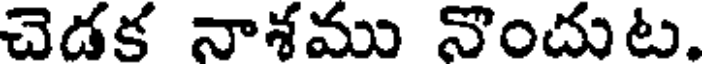
చెడక నాశము నొందుట.